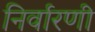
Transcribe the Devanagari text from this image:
निर्वारणी